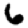
Digit: 6